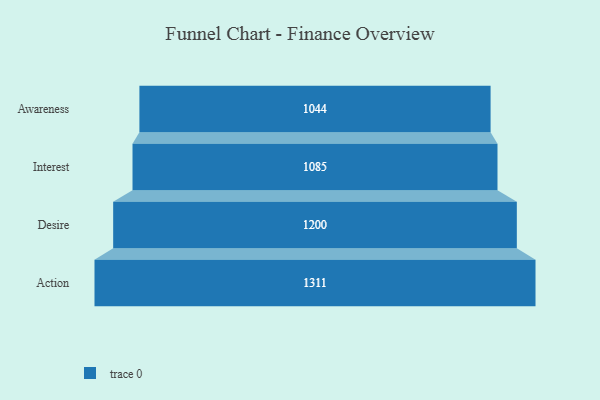
{"axis": {"x": "Stage", "y": "Value"}, "legend": [""], "data": [{"x": "Awareness", "y": 1044.0, "type": ""}, {"x": "Interest", "y": 1085.0, "type": ""}, {"x": "Desire", "y": 1200.0, "type": ""}, {"x": "Action", "y": 1311.0, "type": ""}]}